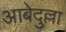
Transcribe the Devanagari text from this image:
आबेदुल्ला